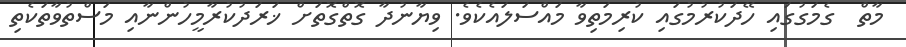
މާތް  ގެމަގުގައި ހޭދަކުރުމުގައި ކުރިމަތިވާ މައްސަލައެކެވެ. ވިޔާނުދާ ގޮތްގޮތަށް ޚަރަދުކުރާމީހުންނާއި މަސްތުވާތަކެތި